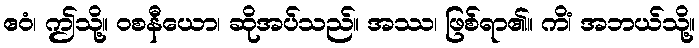
ဧဝံ၊ ဤသို့။ ဝစနီယော၊ ဆိုအပ်သည်။ အဿ၊ ဖြစ်ရာ၏။ ကိံ၊ အဘယ်သို့။